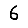
Digit: 6